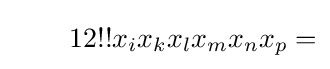
\qquad 12!!x_{i}x_{k}x_{l}x_{m}x_{n}x_{p}=